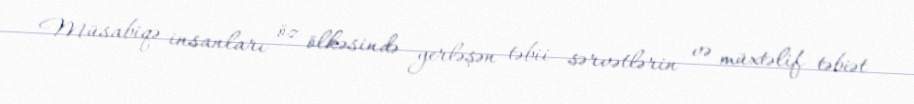
Müsabiqə insanları öz ölkəsində yerləşən təbii sərvətlərin və müxtəlif təbiət